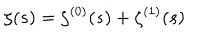
LaTeX: \zeta ( s ) = \zeta ^ { ( 0 ) } ( s ) + \zeta ^ { ( 1 ) } ( s )